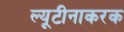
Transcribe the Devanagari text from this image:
ल्यूटीनाकरक